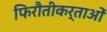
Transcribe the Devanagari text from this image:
फिरौतीकर्ताओं